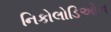
નિકોલોડિઓન